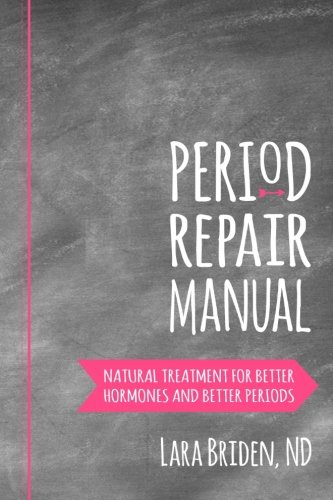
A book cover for Period Repair Manual: Natural Treatment for Better Hormones and Better Periods; Lara Briden ND; Health, Fitness & Dieting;